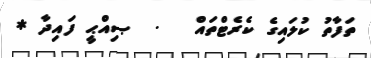
ތަފާތު ކުލައިގެ ކެރެޓްތައް   .  ޞިއްޙީ ފައިދާ *